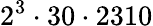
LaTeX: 2^{3}\cdot 30\cdot 2310